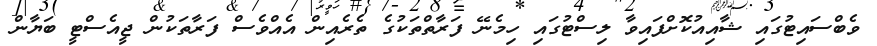
ވެބްސައިޓުގައި ޝާއިއުކޮށްފައިވާ ލިސްޓުގައި ހިމެނޭ ފަރާތްތަކުގެ ތެރެއިން އެއްވެސް ފަރާތަކުން ޖީއެސްޓީ ބަޔާން